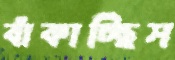
বাঁকাচ্ছিস